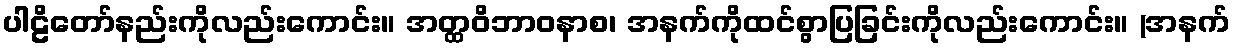
ပါဠိတော်နည်းကိုလည်းကောင်း။ အတ္ထဝိဘာဝနာစ၊ အနက်ကိုထင်စွာပြခြင်းကိုလည်းကောင်း။ (အနက်